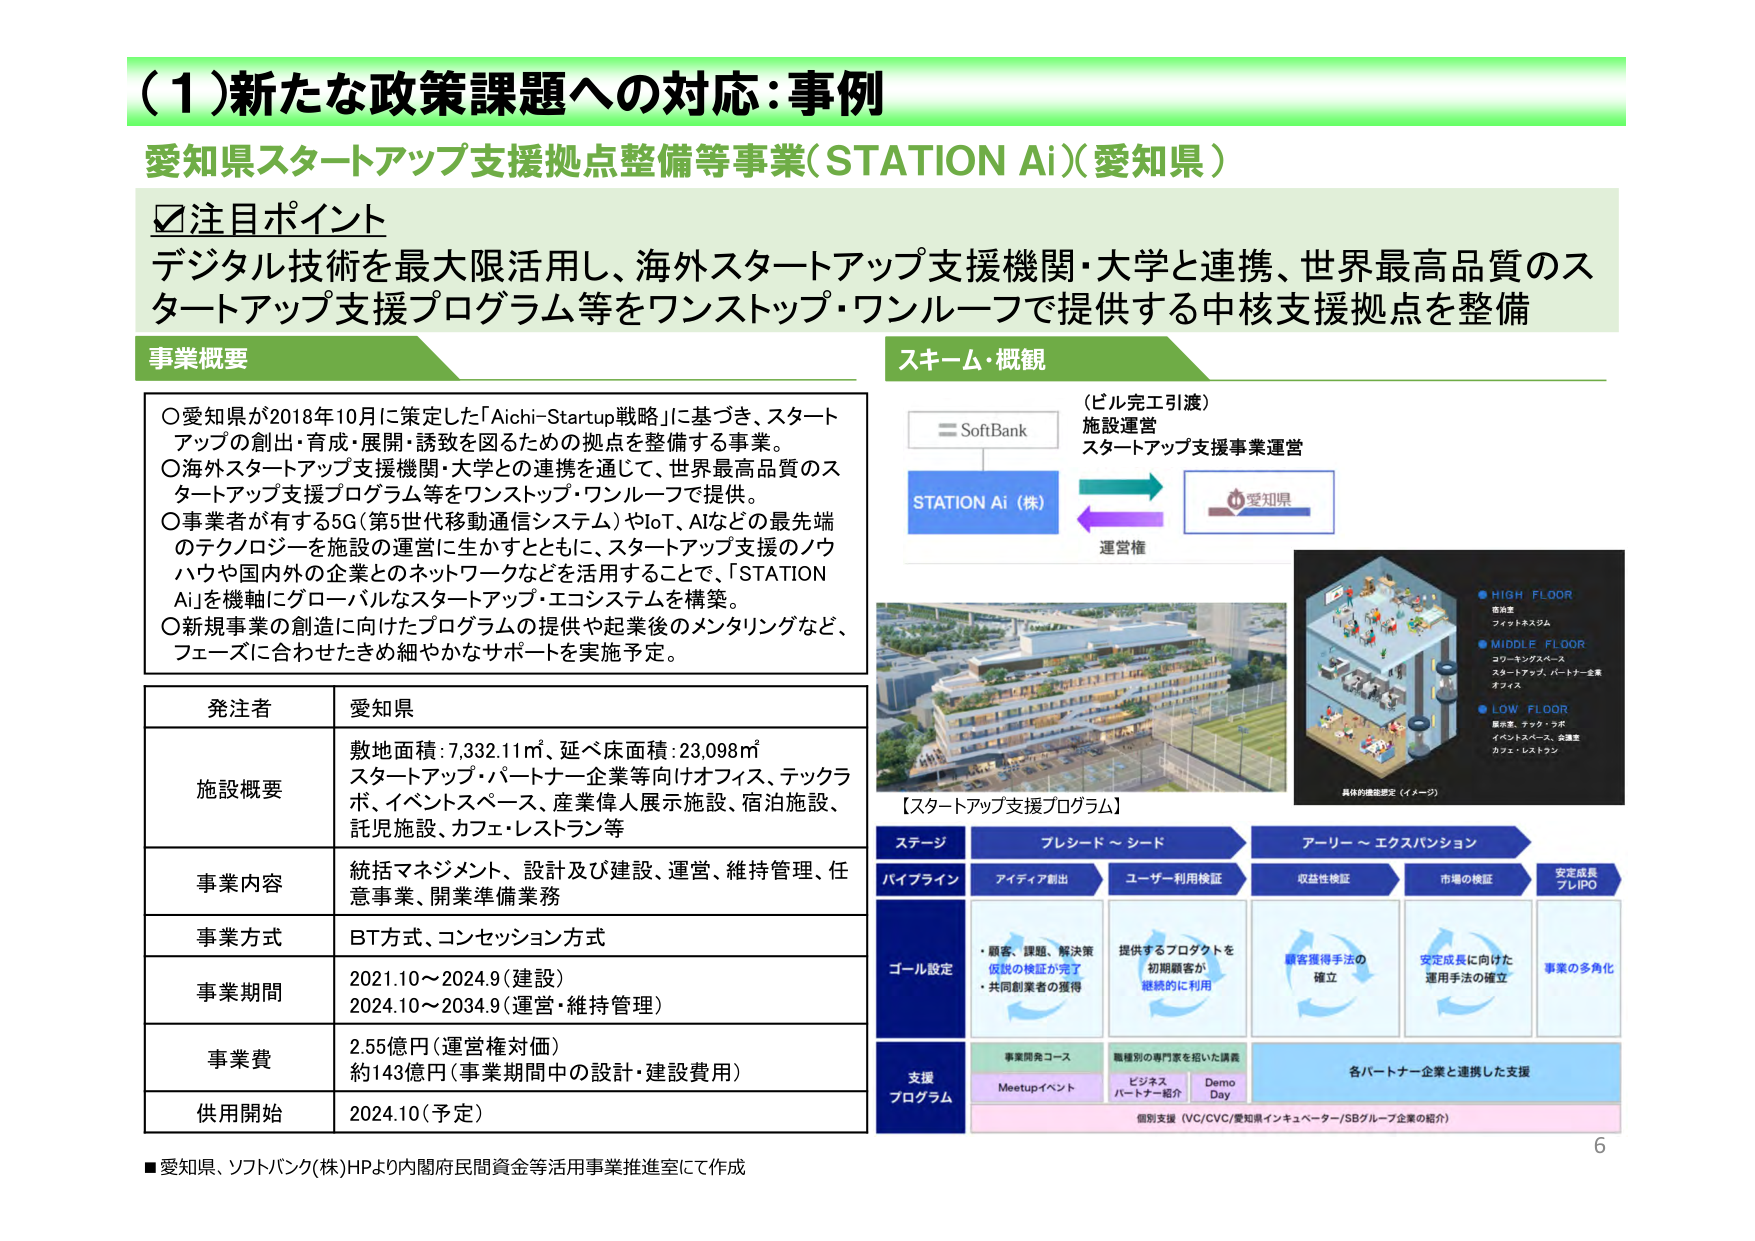
（１）新たな政策課題への対応：事例
愛知県スタートアップ支援拠点整備等事業（STATION Ai）（愛知県）

☑注目ポイント
デジタル技術を最大限活用し、海外スタートアップ支援機関・大学と連携、世界最高品質のスタートアップ支援プログラム等をワンストップ・ワンルーフで提供する中核支援拠点を整備

事業概要
○愛知県が2018年10月に策定した「Aichi-Startup戦略」に基づき、スタートアップの創出・育成・展開・誘致を図るための拠点を整備する事業。
○海外スタートアップ支援機関・大学との連携を通じて、世界最高品質のスタートアップ支援プログラム等をワンストップ・ワンルーフで提供。
○事業者が有する5G（第5世代移動通信システム）やIoT、AIなどの最先端のテクノロジーを施設の運営に生かすとともに、スタートアップ支援のノウハウや国内外の企業とのネットワークなどを活用することで、「STATION Ai」を機軸にグローバルなスタートアップ・エコシステムを構築。
○新規事業の創造に向けたプログラムの提供や起業後のメンタリングなど、フェーズに合わせたきめ細やかなサポートを実施予定。

発注者 愛知県
施設概要 敷地面積：7,332.11㎡、延べ床面積：23,098㎡
スタートアップ・パートナー企業等向けオフィス、テックラボ、イベントスペース、産業偉人展示施設、宿泊施設、託児施設、カフェ・レストラン等
事業内容 統括マネジメント、設計及び建設、運営、維持管理、任意事業、開業準備業務
事業方式 BT方式、コンセッション方式
事業期間 2021.10～2024.9（建設）
2024.10～2034.9（運営・維持管理）
事業費 2.55億円（運営権対価）
約143億円（事業期間中の設計・建設費用）
供用開始 2024.10（予定）

スキーム・概観
（ビル完工引渡）
施設運営
スタートアップ支援事業運営
SoftBank
STATION Ai（株）
愛知県
運営権

【スタートアップ支援プログラム】
ステージ フレシード～シード アーリー～エクスパンション
パイプライン アイディア創出 ユーザー利用検証 収益性検証 市場の検証 安定成長 プレIPO
ゴール設定
・顧客、課題、解決策仮説の検証が完了
・共同創業者の獲得
提供するプロダクトを初期顧客が継続的に利用
顧客獲得手法の確立
安定成長に向けた運用手法の確立
事業の多角化
支援プログラム
事業開発コース
Meetupイベント
職種別の専門家を招いた講義
ビジネスパートナー紹介
Demo Day
各パートナー企業と連携した支援
個別支援（VC/CVC/愛知県インキュベーター/SBグループ企業の紹介）

HIGH FLOOR
居酒屋
フィットネスジム
MIDDLE FLOOR
コワーキングスペース
スタートアップ、パートナー企業
オフィス
LOW FLOOR
展示室、テック・ラボ
イベントスペース、会議室
カフェ・レストラン
具体的機能設定（イメージ）

■愛知県、ソフトバンク（株）HPより内閣府民間資金等活用事業推進室にて作成
6